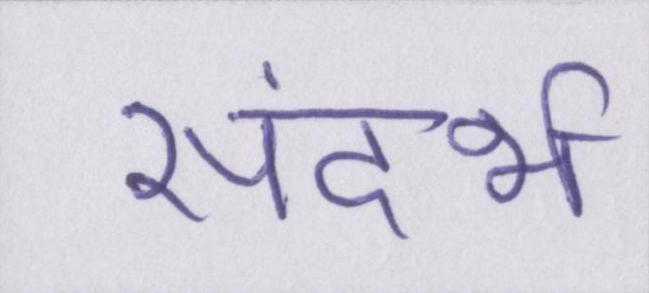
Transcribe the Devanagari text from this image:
संदर्भ